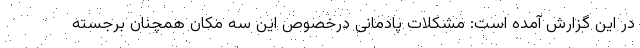
در این گزارش آمده است: مشکلات پادمانی درخصوص این سه مکان همچنان برجسته